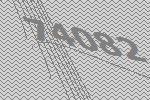
74082